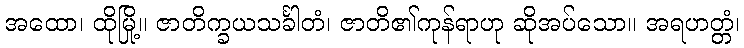
အထော၊ ထိုမြို့။ ဇာတိက္ခယသင်္ခါတံ၊ ဇာတိ၏ကုန်ရာဟု ဆိုအပ်သော။ အရဟတ္တံ၊